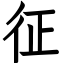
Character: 征